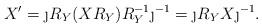
LaTeX: \begin{align*}X^\prime = \j R_Y (XR_Y) R_Y^{-1}\j^{-1} = \j R_Y X \j^{-1}.\end{align*}